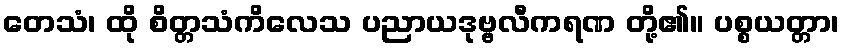
တေသံ၊ ထို စိတ္တသံကိလေသ ပညာယဒုဗ္ဗလီကရဏ တို့၏။ ပစ္စယတ္တာ၊